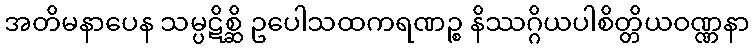
အတိမနာပေန သမ္ပဋိစ္ဆိ ဥပေါသထကရဏဉ္စ နိဿဂ္ဂိယပါစိတ္တိယဝဏ္ဏနာ